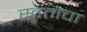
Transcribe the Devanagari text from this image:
स्वताचा